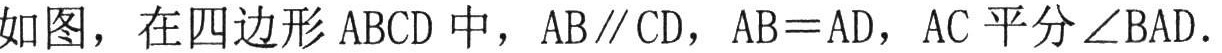
如图，在四边形 \(ABCD\) 中，\(AB\parallel CD\)，\(AB = AD\)，\(AC\) 平分 \(\angle BAD\).